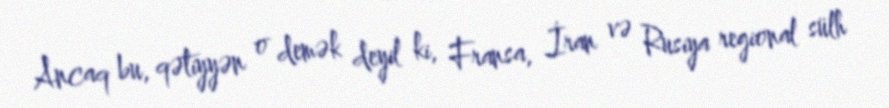
Ancaq bu, qətiyyən o demək deyil ki, Fransa, İran və Rusiya regional sülh